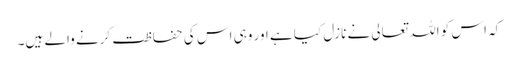
کہ اس کو اللہ تعالی نے نازل کیا ہے اور وہی اس کی حفاظت کرنے والے ہیں۔